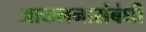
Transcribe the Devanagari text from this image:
आकलनासंबंधी